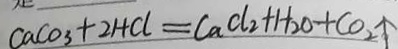
C a C O _ { 3 } + 2 H C l = C a C l _ { 2 } + H _ { 2 } O + C O _ { 2 } \uparrow